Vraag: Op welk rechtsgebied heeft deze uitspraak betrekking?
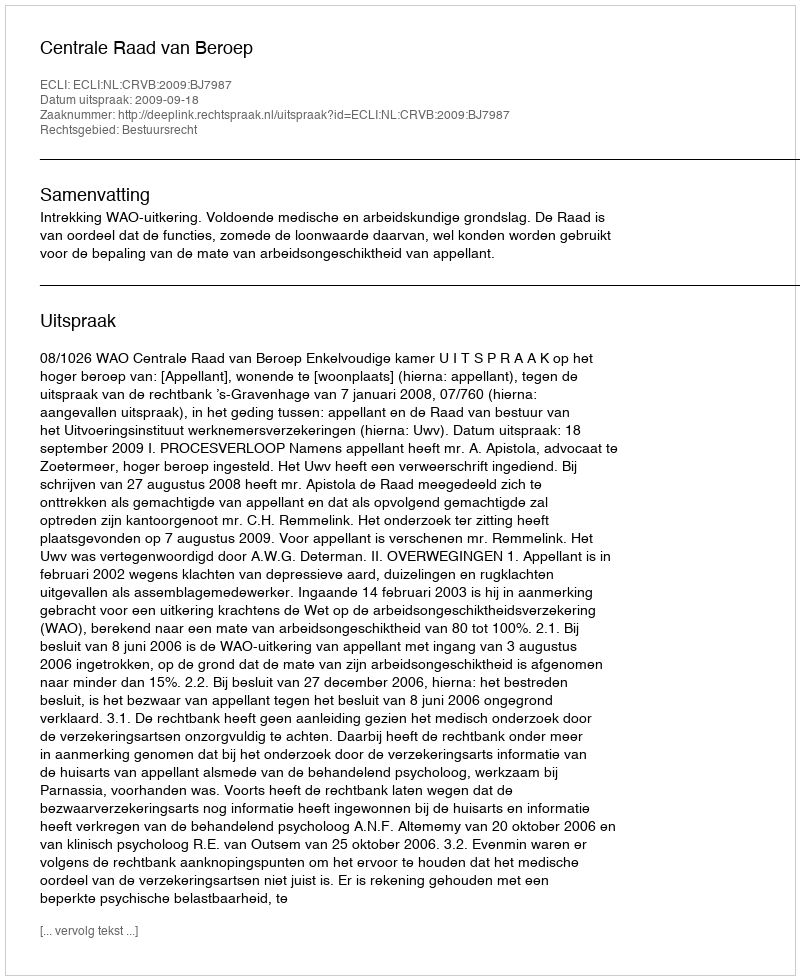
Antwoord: Bestuursrecht